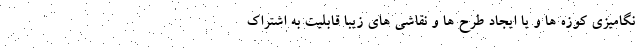
نگامیزی کوزه ها و یا ایجاد طرح ها و نقاشی های زیبا قابلیت به اشتراک